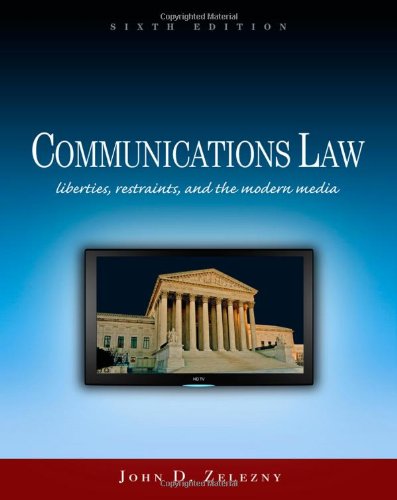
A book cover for Communications Law: Liberties, Restraints, and the Modern Media (Wadsworth Series in Mass Communication and Journalism); John D. Zelezny; Business & Money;